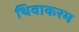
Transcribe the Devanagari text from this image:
थिवाकरम